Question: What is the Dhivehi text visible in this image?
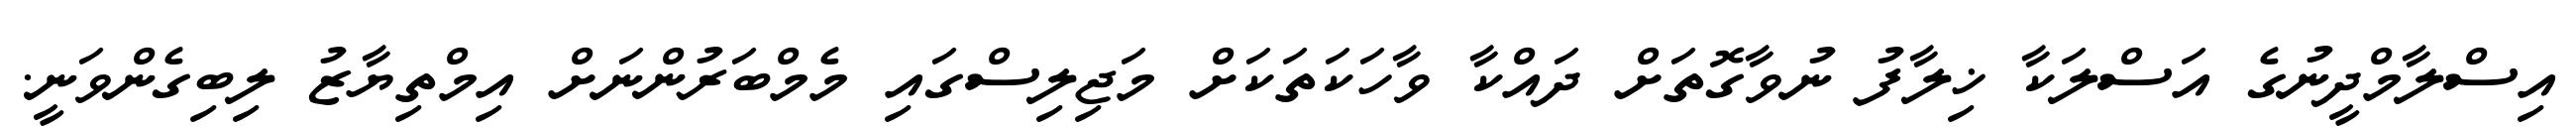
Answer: އިސްލާމްދީނުގެ އަސްލަކާ ޚިލާފު ނުވާގޮތަށް ދައްކާ ވާހަކަތަކަށް މަޖިލިސްގައި މެމްބަރުންނަށް އިމްތިޔާޒު ލިބިގެންވަނީ.